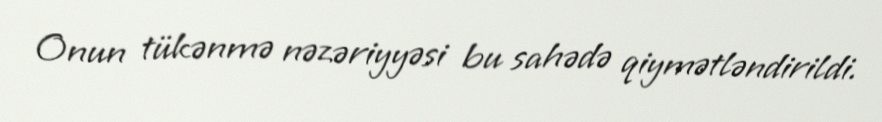
Onun tükənmə nəzəriyyəsi bu sahədə qiymətləndirildi.